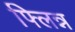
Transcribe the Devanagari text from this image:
फ्लिन्न